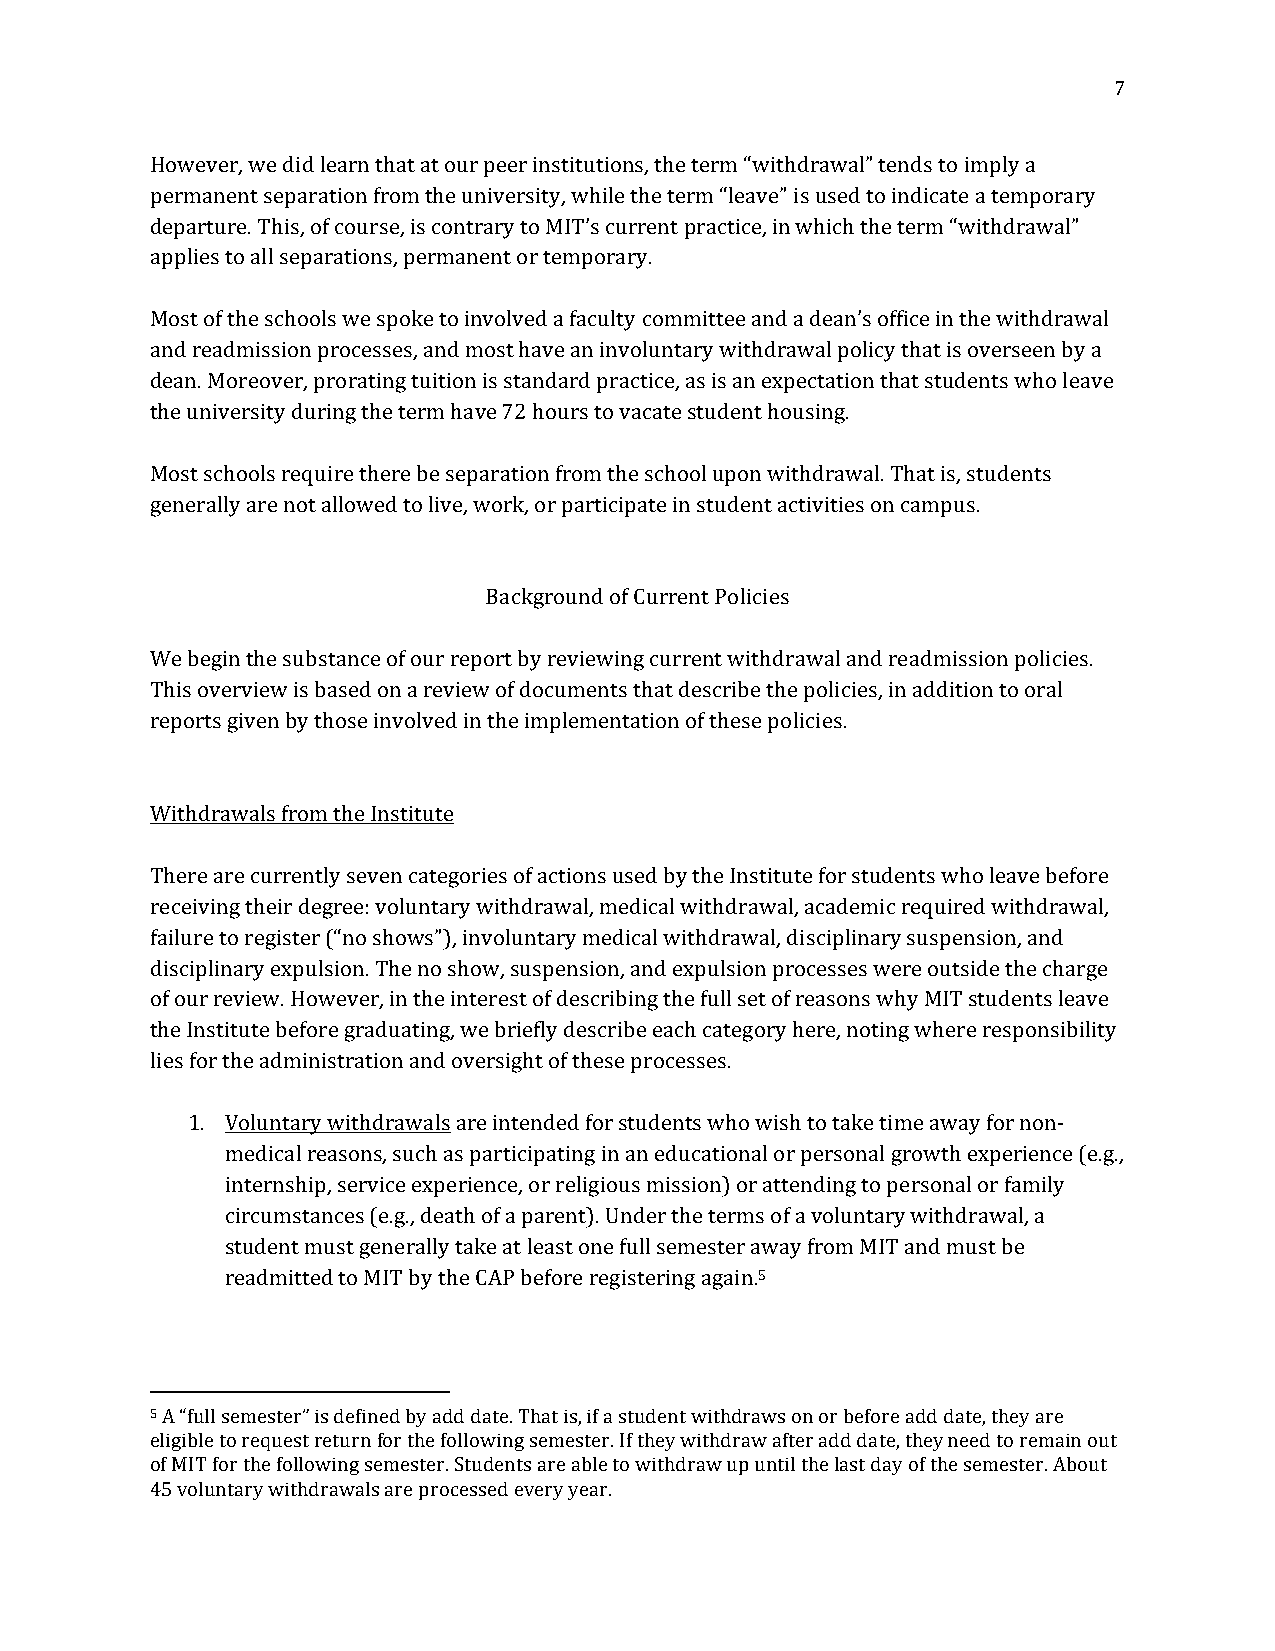
7
 However, we did learn that at our peer institutions, the term “withdrawal” tends to imply a
 permanent separation from the university, while the term “leave” is used to indicate a temporary
 departure. This, of course, is contrary to MIT’s current practice, in which the term “withdrawal”
 applies to all separations, permanent or temporary.
 Most of the schools we spoke to involved a faculty committee and a dean’s office in the withdrawal
 and readmission processes, and most have an involuntary withdrawal policy that is overseen by a
 dean. Moreover, prorating tuition is standard practice, as is an expectation that students who leave
 the university during the term have 72 hours to vacate student housing.
 Most schools require there be separation from the school upon withdrawal. That is, students
 generally are not allowed to live, work, or participate in student activities on campus.
 Background of Current Policies
 We begin the substance of our report by reviewing current withdrawal and readmission policies.
 This overview is based on a review of documents that describe the policies, in addition to oral
 reports given by those involved in the implementation of these policies.
 Withdrawals from the Institute
 There are currently seven categories of actions used by the Institute for students who leave before
 receiving their degree: voluntary withdrawal, medical withdrawal, academic required withdrawal,
 failure to register (“no shows”), involuntary medical withdrawal, disciplinary suspension, and
 disciplinary expulsion. The no show, suspension, and expulsion processes were outside the charge
 of our review. However, in the interest of describing the full set of reasons why MIT students leave
 the Institute before graduating, we briefly describe each category here, noting where responsibility
 lies for the administration and oversight of these processes.
 1. Voluntary withdrawals are intended for students who wish to take time away for non-
 medical reasons, such as participating in an educational or personal growth experience (e.g.,
 internship, service experience, or religious mission) or attending to personal or family
 circumstances (e.g., death of a parent). Under the terms of a voluntary withdrawal, a
 student must generally take at least one full semester away from MIT and must be
 readmitted to MIT by the CAP before registering again.5
 5 A “full semester” is defined by add date. That is, if a student withdraws on or before add date, they are
 eligible to request return for the following semester. If they withdraw after add date, they need to remain out
 of MIT for the following semester. Students are able to withdraw up until the last day of the semester. About
 45 voluntary withdrawals are processed every year.